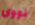
نووى